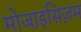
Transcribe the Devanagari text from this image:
मोजा़इसिज़म